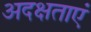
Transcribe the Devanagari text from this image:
अदक्षताएं